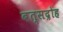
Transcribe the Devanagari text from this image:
बत्सद्रोह